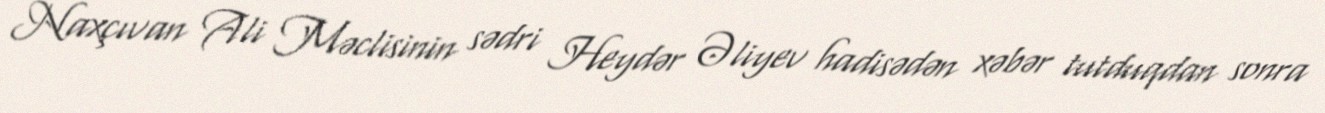
Naxçıvan Ali Məclisinin sədri Heydər Əliyev hadisədən xəbər tutduqdan sonra